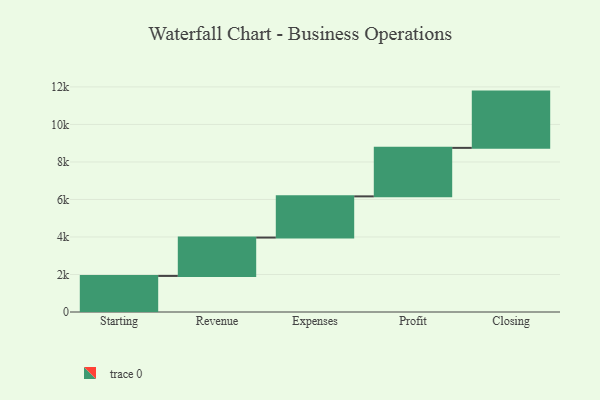
{"axis": {"x": "Step", "y": "Value"}, "legend": [""], "data": [{"x": "Starting", "y": 1923.0, "type": ""}, {"x": "Revenue", "y": 2046.0, "type": ""}, {"x": "Expenses", "y": 2196.0, "type": ""}, {"x": "Profit", "y": 2586.0, "type": ""}, {"x": "Closing", "y": 3000, "type": ""}]}